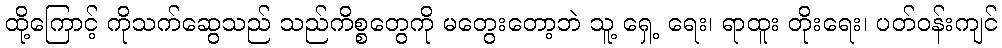
ထို့ကြောင့် ကိုသက်ဆွေသည် သည်ကိစ္စတွေကို မတွေးတော့ဘဲ သူ့ ရှေ့ ရေး၊ ရာထူး တိုးရေး၊ ပတ်ဝန်းကျင်